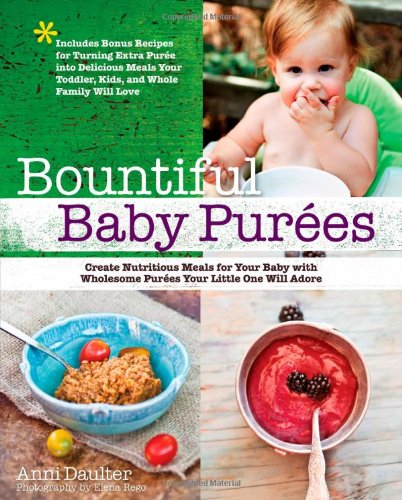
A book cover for Bountiful Baby Purees: Create Nutritious Meals for Your Baby with Wholesome Purees Your Little One Will Adore-Includes Bonus Recipes for Turning Extra ... Toddler, Kids, and Whole Family Will Love; Anni Daulter; Cookbooks, Food & Wine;